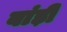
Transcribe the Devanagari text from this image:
बांड़ी